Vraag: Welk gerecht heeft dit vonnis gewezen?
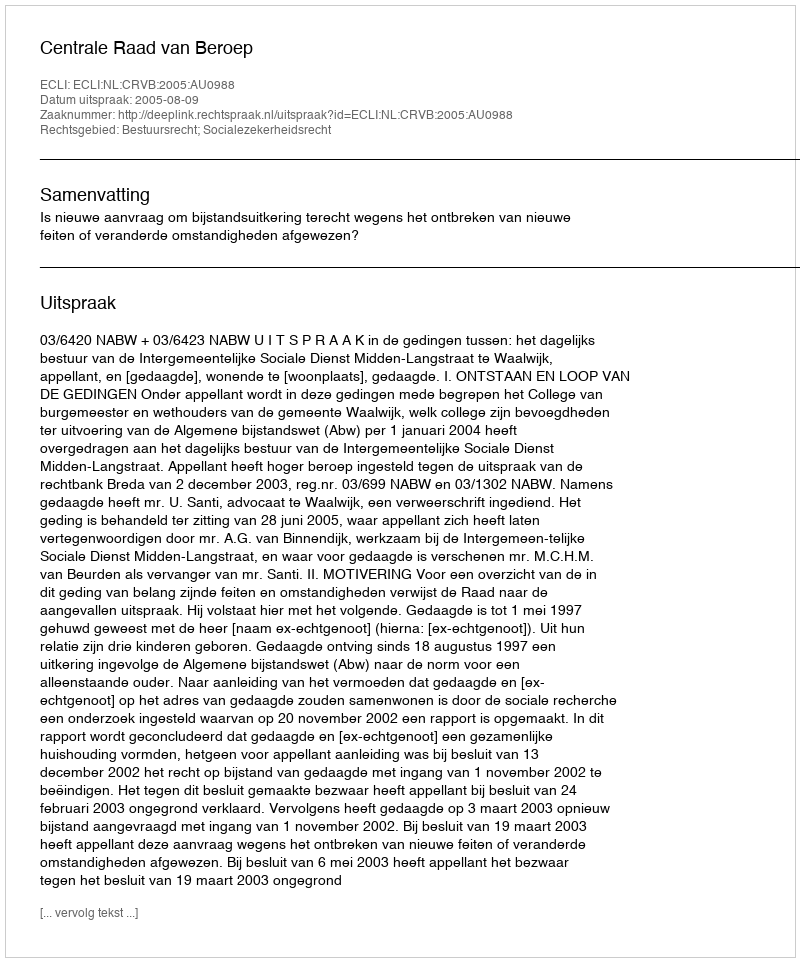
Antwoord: Centrale Raad van Beroep